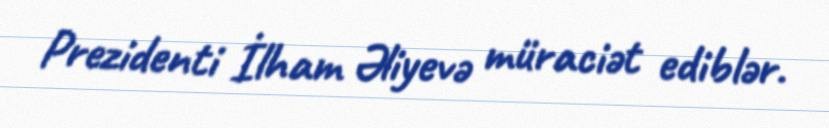
Prezidenti İlham Əliyevə müraciət ediblər.